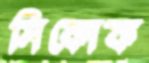
সিকোফ